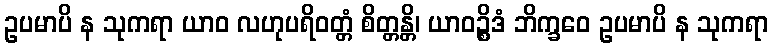
ဥပမာပိ န သုကရာ ယာဝ လဟုပရိဝတ္တံ စိတ္တန္တိ၊ ယာဝဉ္စိဒံ ဘိက္ခဝေ ဥပမာပိ န သုကရာ